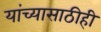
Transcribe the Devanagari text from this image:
यांच्यासाठीही